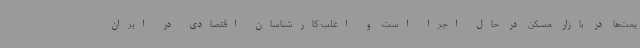
یمت‌ها در بازار مسکن در حال اجرا است و اغلب کارشناسان اقتصادی در ایران